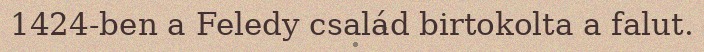
1424-ben a Feledy család birtokolta a falut.